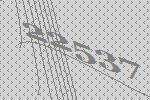
22537